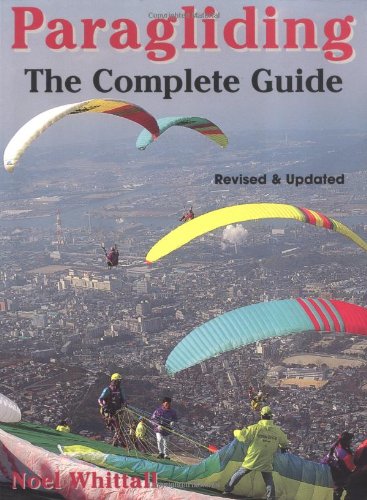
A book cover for Paragliding: Revised and Updated; The Complete Guide; Noel Whittall; Sports & Outdoors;